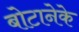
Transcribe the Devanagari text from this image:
बोटानेके